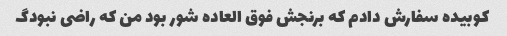
کوبیده سفارش دادم که برنجش فوق العاده شور بود من که راضی نبودگ